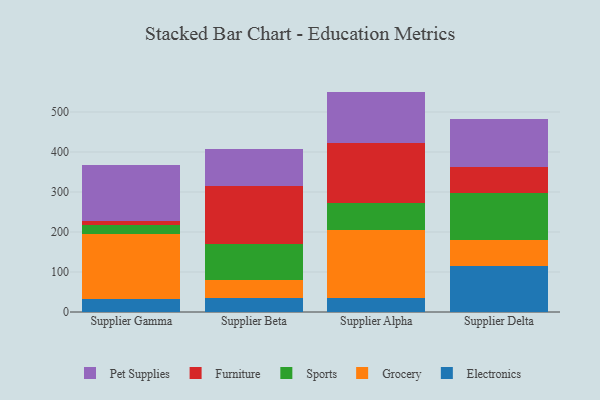
{"axis": {"x": "Supplier", "y": "Population (Million)"}, "legend": ["Electronics", "Furniture", "Grocery", "Pet Supplies", "Sports"], "data": [{"x": "Supplier Gamma", "y": 32.8, "type": "Electronics"}, {"x": "Supplier Gamma", "y": 161.9, "type": "Grocery"}, {"x": "Supplier Gamma", "y": 23.1, "type": "Sports"}, {"x": "Supplier Gamma", "y": 10.1, "type": "Furniture"}, {"x": "Supplier Gamma", "y": 139.5, "type": "Pet Supplies"}, {"x": "Supplier Beta", "y": 34.9, "type": "Electronics"}, {"x": "Supplier Beta", "y": 44.4, "type": "Grocery"}, {"x": "Supplier Beta", "y": 91.0, "type": "Sports"}, {"x": "Supplier Beta", "y": 145.4, "type": "Furniture"}, {"x": "Supplier Beta", "y": 90.6, "type": "Pet Supplies"}, {"x": "Supplier Alpha", "y": 35.1, "type": "Electronics"}, {"x": "Supplier Alpha", "y": 169.7, "type": "Grocery"}, {"x": "Supplier Alpha", "y": 67.9, "type": "Sports"}, {"x": "Supplier Alpha", "y": 148.7, "type": "Furniture"}, {"x": "Supplier Alpha", "y": 129.6, "type": "Pet Supplies"}, {"x": "Supplier Delta", "y": 114.0, "type": "Electronics"}, {"x": "Supplier Delta", "y": 66.2, "type": "Grocery"}, {"x": "Supplier Delta", "y": 118.0, "type": "Sports"}, {"x": "Supplier Delta", "y": 65.5, "type": "Furniture"}, {"x": "Supplier Delta", "y": 117.6, "type": "Pet Supplies"}]}